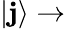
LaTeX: |\mathbf{j}\rangle\rightarrow